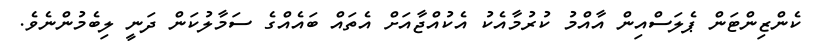
ކެންޒިންޓަން ޕެލަސްއިން އާއްމު ކުރުމާއެކު އެކުއްޖާއަށް އެތައް ބައެއްގެ ސަމާލުކަން ދަނީ ލިބެމުންނެވެ.